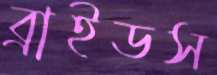
ব্রাইডস